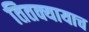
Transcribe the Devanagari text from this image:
तितक्यायाच